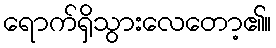
ရောက်ရှိသွားလေတော့၏။